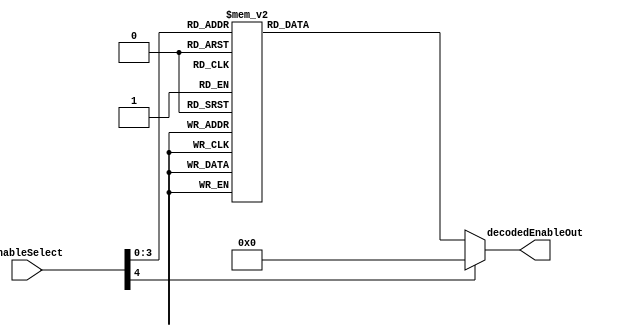
module FourBitDecoder(
    input [4:0] enableSelect,
    output reg [15:0] decodedEnableOut
    );

reg [15:0] decodedEnable;

always@(enableSelect)
		begin
			case(enableSelect)
			5'h0:
				begin
					decodedEnable=16'b0000000000000001;
				end
			5'h1:
				begin
					decodedEnable=16'b0000000000000010;
				end
			5'h2:
				begin
					decodedEnable=16'b0000000000000100;				
				end
			5'h3:
				begin
					decodedEnable=16'b0000000000001000;	
				end
			5'h4:
				begin
					decodedEnable=16'b0000000000010000;	
				end
			5'h5:
				begin
					decodedEnable=16'b0000000000100000;
				end
			5'h6:
				begin
					decodedEnable=16'b0000000001000000;
				end
			5'h7:
				begin
					decodedEnable=16'b0000000010000000;
				end
			5'h8:
				begin
					decodedEnable=16'b0000000100000000;
				end
			5'h9:
				begin
					decodedEnable=16'b0000001000000000;
				end
			5'ha:
				begin
					decodedEnable=16'b0000010000000000;
				end
			5'hb:
				begin
					decodedEnable=16'b0000100000000000;
				end
			5'hc:
				begin
					decodedEnable=16'b0001000000000000;
				end
			5'hd:
				begin
					decodedEnable=16'b0010000000000000;
				end
			5'he:
				begin
					decodedEnable=16'b0100000000000000;
				end
			5'hf:
				begin
					decodedEnable=16'b1000000000000000;
				end
			default:
				begin
					decodedEnable=16'b0000000000000000;
					
				end
				
			 
				
			endcase	
			
			decodedEnableOut=decodedEnable;
		end
				
			

endmodule